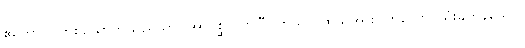
ဧကောဝ၊ တစ်ယောက်သည်သာ။ အာဂစ္ဆိ၊ လာပြီ။ တဿ၊ ထိုသူအား။ တယော၊ သုံးခုကုန်သော။